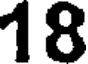
18